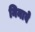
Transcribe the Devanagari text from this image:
निनावे